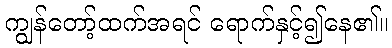
ကျွန်တော့်ထက်အရင် ရောက်နှင့်၍နေ၏။